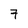
Character: 7